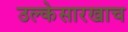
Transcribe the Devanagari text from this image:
उल्केसारखाच